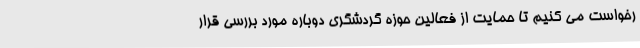
رخواست می کنیم تا حمایت از فعالین حوزه گردشگری دوباره مورد بررسی قرار